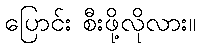
ပြောင်း စီးဖို့လိုလား။